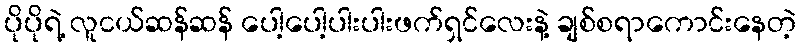
ပိုပိုရဲ့ လူငယ်ဆန်ဆန် ပေါ့ပေါ့ပါးပါးဖက်ရှင်လေးနဲ့ ချစ်စရာကောင်းနေတဲ့